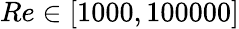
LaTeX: {Re}\in[1000,100000]